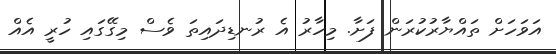
އަވަހަށް ތައްޔާރުކުރަން ފަށާ. މިހާރު އެ ރުނޑިދައިތަ ވެސް މިގޭގައި ހުރީ އެއް